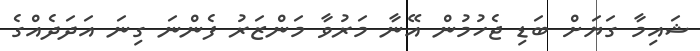
ޝައިމާ ގަޔަށް ބަޑި ޖެހުމުން އޭނާ މަރުވާ މަންޒަރު ފެންނަ ގިނަ އަދަދެއްގެ